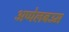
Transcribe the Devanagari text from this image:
अप्पेलबउम